system: You are a helpful assistant.
user:
Analyze the provided spectrum to determine if it is a **Carbon Star (C-type)**.

- **Key Visual Indicators of Carbon Star:**
    - **(Primary):** Strong molecular absorption from **C₂ (diatomic carbon) "Swan Bands."** This is the **defining feature** of a carbon star.
        - **(Key Bandheads):** Sharp absorption edges are visible at approximately $5635$ Å, $5165$ Å (the strongest band), and $4737$ Å.
        - **(Line Profile):** Creates a distinct **"saw-tooth"** pattern. The key morphology is a sharp, steep bandhead on the **red (long-wavelength) side**, which then gradually tapers off (i.e., flux recovers) towards the **blue (short-wavelength) side**. *(This is the direct opposite of the TiO bands seen in M-type stars)*.

    - **(Secondary):** Intense **CN (cyanogen)** molecular absorption bands.
        - **(Key Bandheads):** Located in the blue and violet regions of the spectrum (e.g., near $4215$ Å and $3883$ Å).
        - **(Morphology):** These bands are extremely broad and act as a "blanket," absorbing the vast majority of blue and violet light. This creates a characteristic **"cliff"** or **"steep drop-off"** in the spectrum's flux at short wavelengths.

    - **(Key Confirmation):** Strong **CH absorption band (G-band)**.
        - **(Key Bandhead):** Located around $4300$ Å. The contribution from CH molecules to this band is exceptionally strong.

    - **(Overall Spectrum):**
        - The continuum is severely "chopped up" by these deep molecular bands, especially C₂, rather than appearing as a smooth curve.
        - Due to the heavy CN and C₂ absorption in the blue-green, the vast majority of the star's flux is concentrated in the red part of the spectrum, giving the star its characteristic deep red color.

Think first, call **spectral_visualization_tool** if needed to examine features in detail, then provide your final answer. Your response must adhere to the following strict rules:
1.  **Overall Structure:** Your response must follow the format `<think>...</think> <tool_call>...</tool_call> (if a tool is used) <answer>...</answer>`.
2.  **Tool Usage Constraint:** You may only make **one** tool call per turn.
3.  **Final Answer Format:** In the `<answer>` tag, your conclusion must be inside a `\boxed{}` command (e.g., `\boxed{YES}`), followed by your justification.

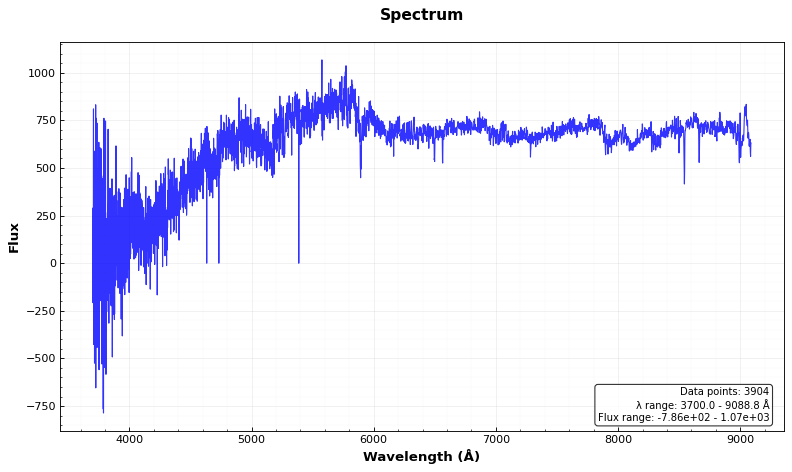
Answer: YES